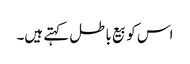
اس کو بیع باطل کہتے ہیں۔